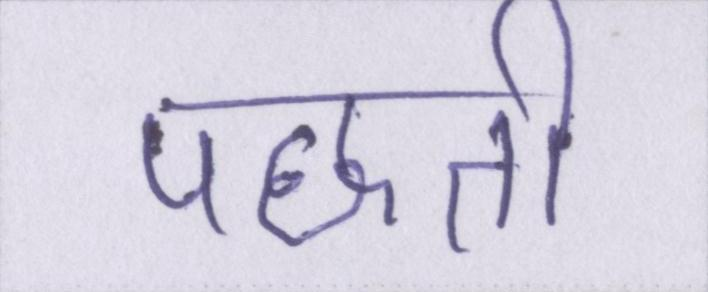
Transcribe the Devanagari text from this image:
पछेती